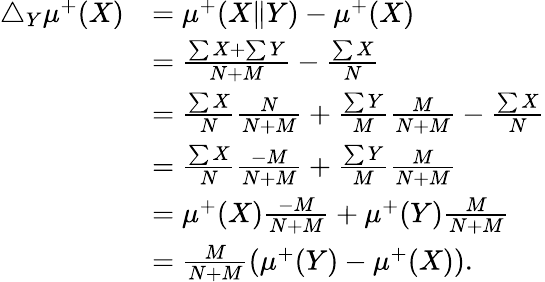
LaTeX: \begin{array}{rl}{\triangle_{Y}\mu^{+}(X)}&{=\mu^{+}(X\| Y)-\mu^{+}(X)}\\ &{=\frac{\sum X+\sum Y}{N+M}-\frac{\sum X}{N}}\\ &{=\frac{\sum X}{N}\frac{N}{N+M}+\frac{\sum Y}{M}\frac{M}{N+M}-\frac{\sum X}{N}}\\ &{=\frac{\sum X}{N}\frac{-M}{N+M}+\frac{\sum Y}{M}\frac{M}{N+M}}\\ &{=\mu^{+}(X)\frac{-M}{N+M}+\mu^{+}(Y)\frac{M}{N+M}}\\ &{=\frac{M}{N+M}(\mu^{+}(Y)-\mu^{+}(X)).}\end{array}